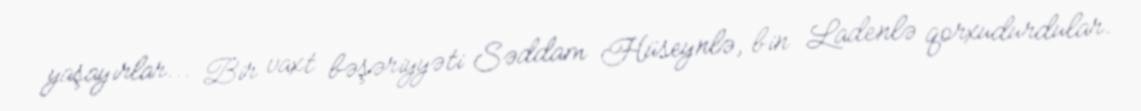
yaşayırlar... Bir vaxt bəşəriyyəti Səddam Hüseynlə, bin Ladenlə qorxudurdular.